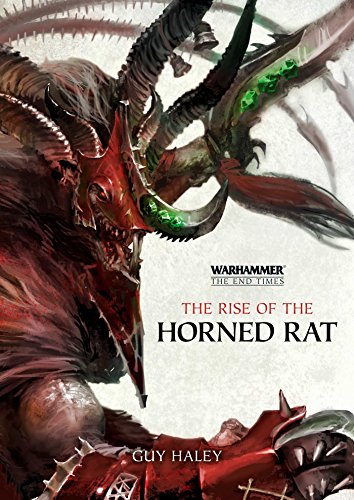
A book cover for The Rise of the Horned Rat (The End Times); Guy Haley; Science Fiction & Fantasy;